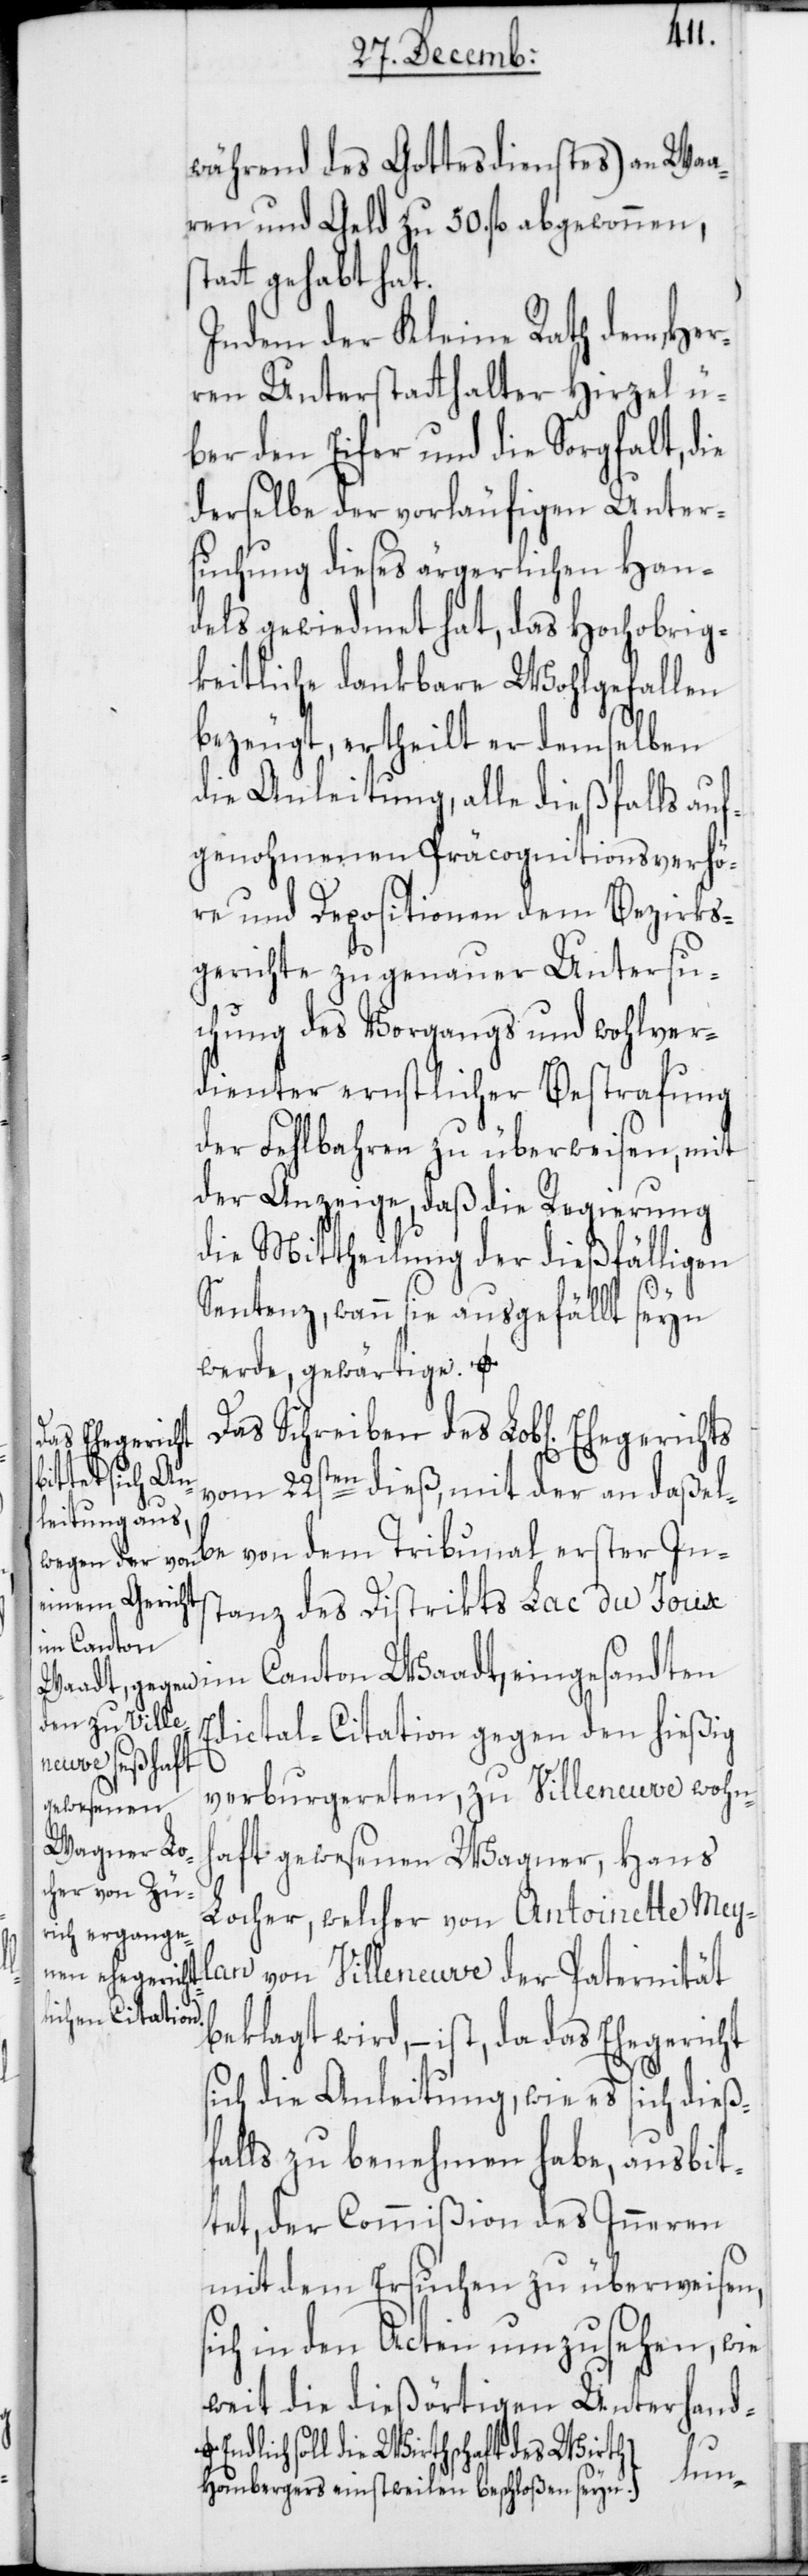
während des Gottesdienstes) an Waa¬
ren und Geld zu 50. fl. abgewonnen,
t gehabt hat.
Indem der Kleine Rath dem Her¬
ren Unterstatthalter Hirzel ü¬
ber den Eifer und die Sorgfalt, die
derselbe der vorläufigen Unter¬
suchung dieses ärgerlichen Han¬
dels gewiedmet hat, das Hochobrig¬
keitliche dankbare Wohlgefallen
bezeugt, ertheilt er demselben
die Anleitung, alle dießfalls auf¬
genohmenen Präcognitionsverhö¬
re und Depositionen dem Bezirks¬
gerichte zu genauer Untersu¬
chung des Vorgangs und wohlver¬
dienter ernstlicher Bestrafung
der Fehlbaren zu überweisen, mit
der Anzeige, daß die Regierung
die Mittheilung der dießfälligen
Sentenz, wann sie ausgefällt seyn
werde, gewärtige. a-E¬
Das Schreiben des Lob[lichen]
Ehegerichts
vom 22sten dieß, mit der an daßel¬
be von dem Tribunal erster Ins¬
tanz des Distrikts Lac du Joux
im Canton
Edictal-Citation gegen den hießig
verburgereten, zu Villeneuve wohnh¬
gesandten
aft gewesenen Wagner, Hans
Locher, welcher von Antoinette Mey¬
lan von Villeneuve der Paternität
beklagt wird, – ist, da das Ehegericht
sich die Anleitung, wie es sich dießf¬
alls zu benehmen habe, ausbit¬
tet, der Commißion des Inneren
mit dem Ersuchen zu überweisen,
sich in den Acten umzusehen, wie
weit die dießörtigen Unterhand-
ndlich soll die Wirthschaft des Wirth
ein¬
Hombergers einstweilen beschloßen seyn.-a